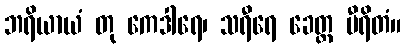
ဘရိယာယံ တု ကေဒါရေ၊ သရီရေ ခေတ္တ မီရိတံ။